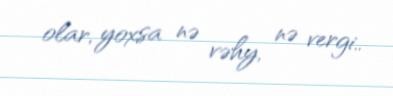
olar, yoxsa nə vəhy, nə vergi..